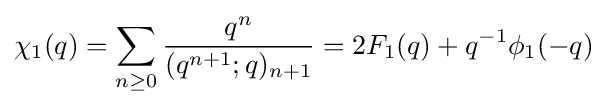
\chi _{1}(q)=\sum _{n\geq 0}{\frac {q^{n}}{(q^{n+1};q)_{n+1}}}=2F_{1}(q)+q^{-1}\phi _{1}(-q)